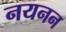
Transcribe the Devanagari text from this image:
नयनन